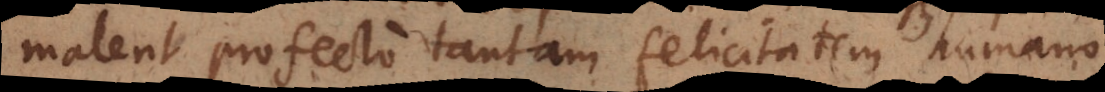
malent profecto tantam felicitatem humano